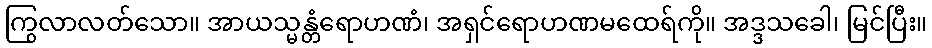
ကြွလာလတ်သော။ အာယသ္မန္တံရောဟဏံ၊ အရှင်ရောဟဏမထေရ်ကို။ အဒ္ဒသခေါ၊ မြင်ပြီး။